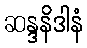
ဆန္ဒနိဒါနံ